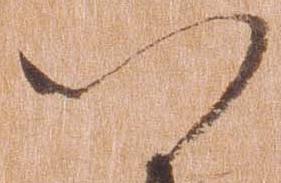
以